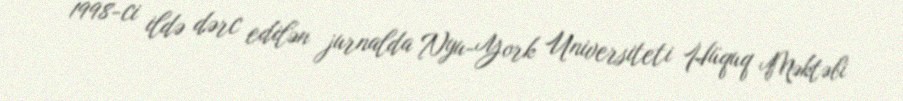
1998-ci ildə dərc edilən jurnalda Nyu-York Universiteti Hüquq Məktəbi